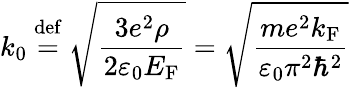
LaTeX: k_{0}\ {\stackrel{\mathrm{def}}{=}}\ {\sqrt{\frac{3e^{2}\rho}{2\varepsilon_{0}E_{\mathrm{F}}}}}={\sqrt{\frac{me^{2}k_{\mathrm{F}}}{\varepsilon_{0}\pi^{2}\hbar^{2}}}}